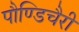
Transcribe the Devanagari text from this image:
पौण्डिचैरी